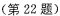
（第22题）